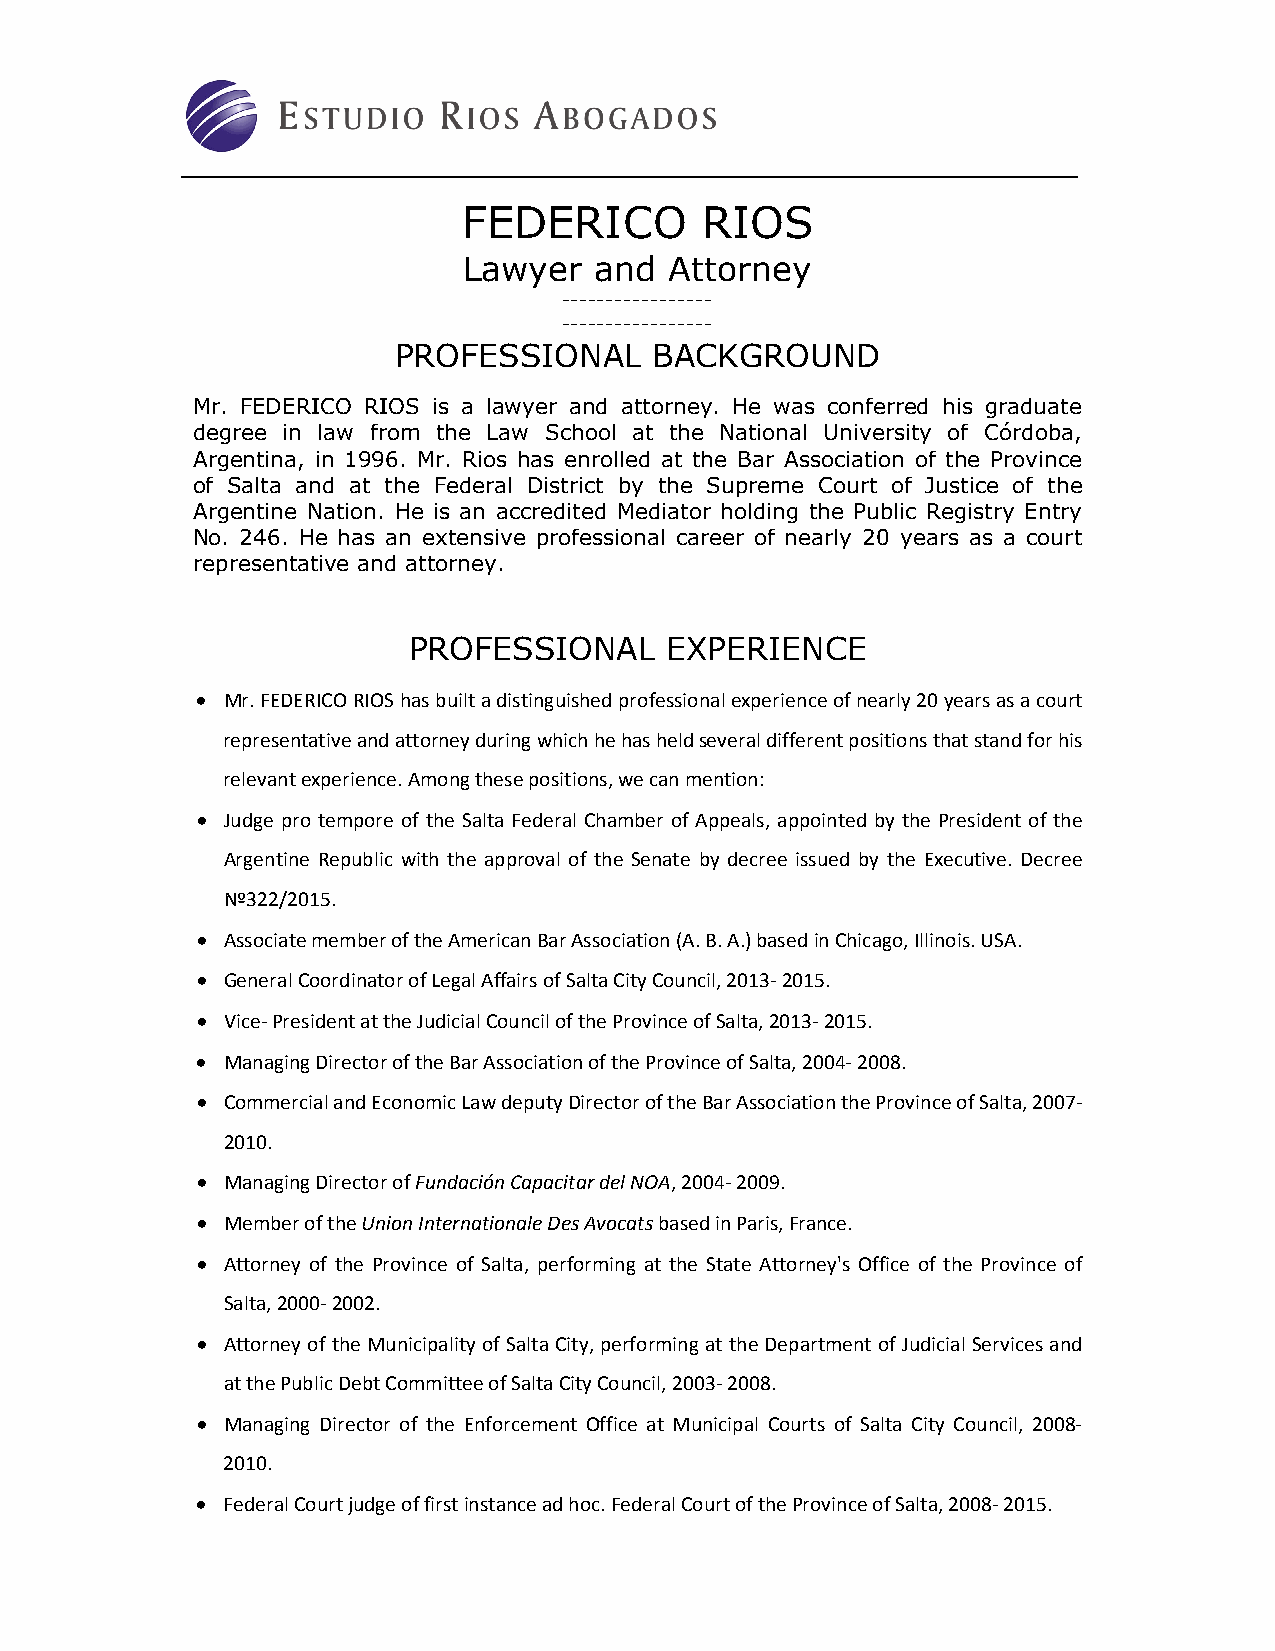
FEDERICO       RIOS
 Lawyer  and  Attorney
 -----------------
 -----------------
 PROFESSIONAL     BACKGROUND
 Mr. FEDERICO RIOS is a lawyer and attorney. He was conferred his graduate
 degree in law from the Law School at the National University of Córdoba,
 Argentina, in 1996. Mr. Rios has enrolled at the Bar Association of the Province
 of Salta and at the Federal District by the Supreme Court of Justice of the
 Argentine Nation. He is an accredited Mediator holding the Public Registry Entry
 No. 246. He has an extensive professional career of nearly 20 years as a court
 representative and attorney.
 PROFESSIONAL     EXPERIENCE
  Mr. FEDERICO RIOS has built a distinguished professional experience of nearly 20 years as a court
 representative and attorney during which he has held several different positions that stand for his
 relevant experience. Among these positions, we can mention:
  Judge pro tempore of the Salta Federal Chamber of Appeals, appointed by the President of the
 Argentine Republic with the approval of the Senate by decree issued by the Executive. Decree
 Nº322/2015.
  Associate member of the American Bar Association (A. B. A.) based in Chicago, Illinois. USA.
  General Coordinator of Legal Affairs of Salta City Council, 2013‐ 2015.
  Vice‐ President at the Judicial Council of the Province of Salta, 2013‐ 2015.
  Managing Director of the Bar Association of the Province of Salta, 2004‐ 2008.
  Commercial and Economic Law deputy Director of the Bar Association the Province of Salta, 2007‐
 2010.
  Managing Director of Fundación Capacitar del NOA, 2004‐ 2009.
  Member of the Union Internationale Des Avocats based in Paris, France.
  Attorney of the Province of Salta, performing at the State Attorney's Office of the Province of
 Salta, 2000‐ 2002.
  Attorney of the Municipality of Salta City, performing at the Department of Judicial Services and
 at the Public Debt Committee of Salta City Council, 2003‐ 2008.
  Managing Director of the Enforcement Office at Municipal Courts of Salta City Council, 2008‐
 2010.
  Federal Court judge of first instance ad hoc. Federal Court of the Province of Salta, 2008‐ 2015.